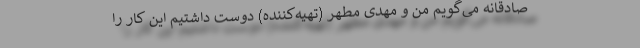
صادقانه می‌گویم من و مهدی مطهر (تهیه‌کننده) دوست داشتیم این کار را